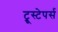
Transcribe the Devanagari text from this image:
ट्रूस्टेपर्स